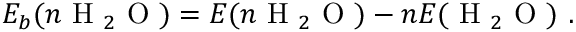
E _ { b } ( n \mathrm { ~ H ~ } _ { 2 } \mathrm { ~ O ~ } ) = E ( n \mathrm { ~ H ~ } _ { 2 } \mathrm { ~ O ~ } ) - n E ( \mathrm { ~ H ~ } _ { 2 } \mathrm { ~ O ~ } ) ~ .